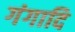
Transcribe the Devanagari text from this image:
गंगादि